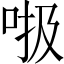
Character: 𠳖